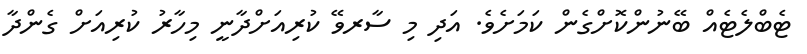
ޓެބްލެޓެއް ބޭނުންކޮށްގެން ކަމަށެވެ. އަދި މި ސާރވޭ ކުރިއަށްދާނީ މިހާރު ކުރިއަށް ގެންދާ